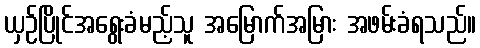
ယှဉ်ပြိုင်အရွေးခံမည့်သူ အမြောက်အမြား အဖမ်းခံရသည်။